Annual report on the working of the Harcourt Butler Institute of Public Health, Rangoon
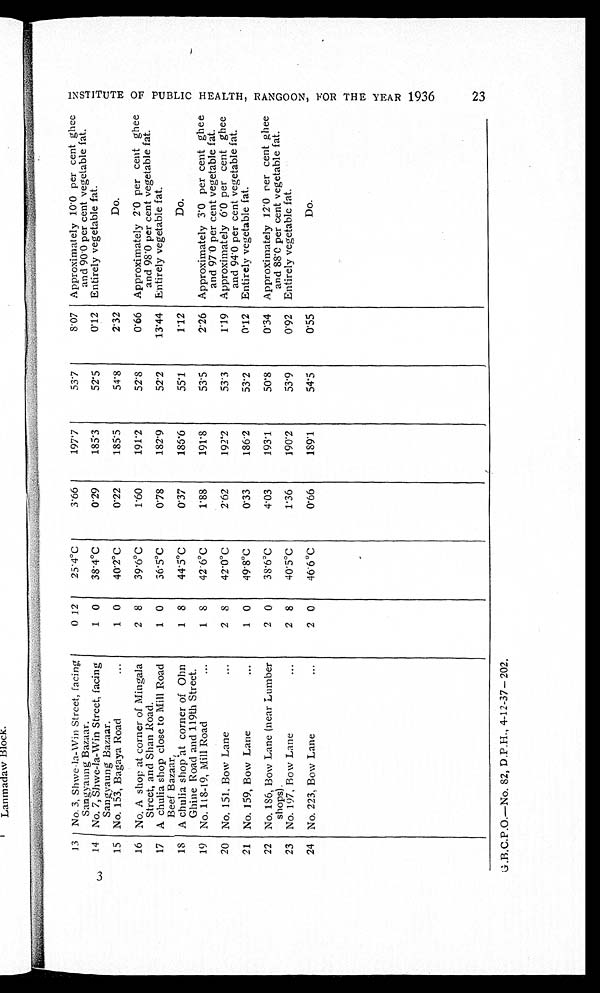
23
G.B.C.P.O.—No. 82, D.P.H., 4-12-37— 202.
13 No.3, Shwe-la-Win Street, facing
Sangyaung Bazaar.
0 12
25.4°C
3.66
197.7
53.7
8.07 Approximately 10.0 per cent ghee
and 90.0 per cent vegetable fat.
14 No. 7, Shwe-la-Win Street, facing
Sangyaung Bazaar.
1 0
38.4°C
0.29
185.3
52.5
0.12 Entirely vegetable fat.
15 No. 153, Bagaya Road
1 0
40.2°C
0.22
185.5
54.8
2.32
Do.
16 No. A shop at corner of Mingala
Street, and Shan Road.
2 8
39.6°C
1.60
191.2
52.8
0.66 Approximately 2.0 per cent ghee
and 98.0 per cent vegetable fat.
17 A chulia shop close to Mill Road
Beef Bazaar.
1 0
36.5°C
0.78
182.9
52.2
13.44 Entirely vegetable fat.
18 A chulia shop at corner of Ohn
Ghine Road and 119th Street.
1 8
44.5°C
0.37
186.6
55.1
1.12
Do.
19 No. 118-19, Mill Load
1 8
42.6°C
1.88
191.8
53.5
2.26 Approximately 3.0 per cent ghee
and 97.0 per cent vegetable fat.
20 No. 151, Bow Lane
2 8
42.0°C
2.62
192.2
53.3
1.19 Approximately 6.0 per cent ghee
and 94.0 per cent vegetable fat.
21 No. 159, Bow Lane
1 0
49.8°C
0.33
186.2
53.2
0.12 Entirely vegetable fat.
22 No. 186, Bow Lane (near Lumber
shops).
2 0
38.6°C
4.03
193.1
50.8
0.34 Approximately 12.0 per cent ghee
and 88.0 per cent vegetable fat.
23 No. 197, Bow Lane
2 8
40.5°C
1.36
190.2
53.9
0.92 Entirely vegetable fat.
24 No. 223, Bow Lane
2 0
46.6°C
0.66
189.1
54.5
0.55
Do.
I N S T I T U T E O F P U B L I C H E A L T H , R A N G O O N , F O R T H E Y E A R 1 9 3 6